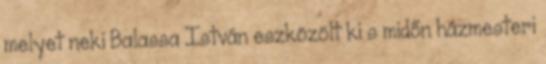
melyet neki Balassa István eszközölt ki s midőn házmesteri